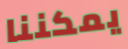
يمكننا